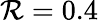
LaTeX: \mathcal{R}=0.4